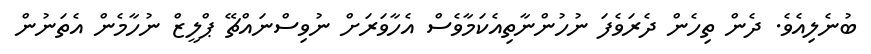
ބުނެލިއެވެ. ދެން ތިހެން ދެރަވެފަ ނުހުންނާތިއެކަމާވެސް އެހާވަރަށް ނުވިސްނައްޗޭ ޕްލީޒް ނުހާމެން އެތަނުން